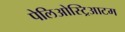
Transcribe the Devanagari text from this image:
पेलिओस्ट्रिआटम